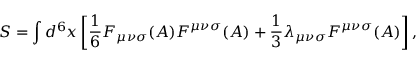
S = \int d ^ { 6 } x \left[ { \frac 1 6 } F _ { { \mu } { \nu } { \sigma } } ( A ) F ^ { { \mu } { \nu } { \sigma } } ( A ) + { \frac 1 3 } { \lambda } _ { { \mu } { \nu } { \sigma } } { \cal F } ^ { { \mu } { \nu } { \sigma } } ( A ) \right] ,